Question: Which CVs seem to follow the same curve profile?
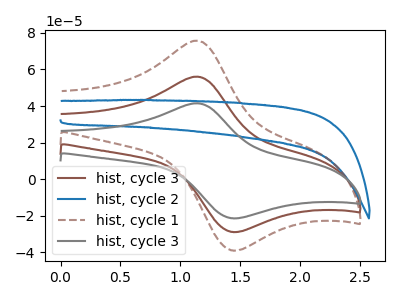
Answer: <think>The brown curve "hist, cycle 3" has an anodic peak at (1.15V, 56.10uA) and a cathodic peak at (1.40V, -28.75uA). The blue curve "hist, cycle 2" has no peaks. The brown dashed curve "hist, cycle 1" has an anodic peak at (1.15V, 112.15uA) and a cathodic peak at (1.40V, -57.50uA). The gray curve "hist, cycle 3" has an anodic peak at (1.15V, 41.50uA) and a cathodic peak at (1.40V, -21.30uA).
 "hist, cycle 3" and "hist, cycle 2" have a different number of peaks. All the peaks in "hist, cycle 3" have a peak in "hist, cycle 1" at the same potential. Every peak in "hist, cycle 3" is lower than every peak in "hist, cycle 1". All the peaks in "hist, cycle 3" have a peak in "hist, cycle 3" at the same potential. Every peak in "hist, cycle 3" is higher than every peak in "hist, cycle 3". "hist, cycle 2" and "hist, cycle 1" have a different number of peaks. "hist, cycle 2" and "hist, cycle 3" have a different number of peaks. All the peaks in "hist, cycle 1" have a peak in "hist, cycle 3" at the same potential. Every peak in "hist, cycle 1" is higher than every peak in "hist, cycle 3".</think>
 <answer>"hist, cycle 3", "hist, cycle 3" and "hist, cycle 1" have the same shape and are likely CV's of the same chemical.</answer>
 <eval>"hist, cycle 3" "hist, cycle 3" "hist, cycle 1"</eval>